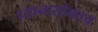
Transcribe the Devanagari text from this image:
ध्यानासोबतच